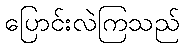
ပြောင်းလဲကြသည်